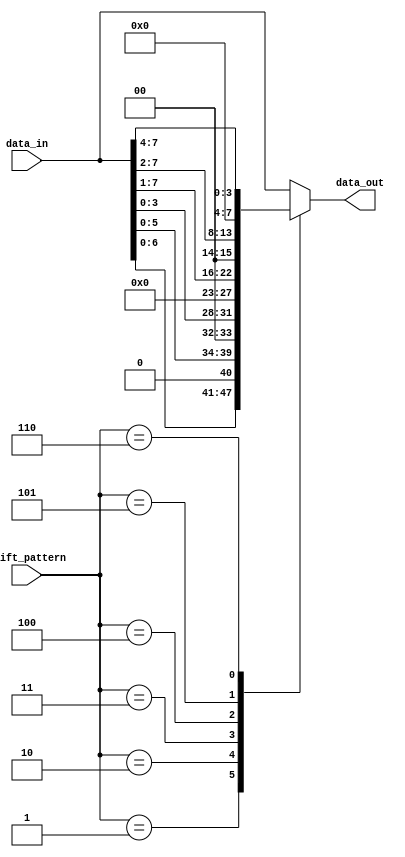
module Sparse_Barrel_Shifter (
    input [7:0] data_in,
    input [2:0] shift_pattern,
    output reg [7:0] data_out
);

always @(*) begin
    case (shift_pattern)
        3'b000: data_out = data_in; // No shift
        3'b001: data_out = data_in << 1; // Shift left by 1
        3'b010: data_out = data_in << 2; // Shift left by 2
        3'b011: data_out = data_in << 4; // Shift left by 4
        3'b100: data_out = data_in >> 1; // Shift right by 1
        3'b101: data_out = data_in >> 2; // Shift right by 2
        3'b110: data_out = data_in >> 4; // Shift right by 4
        default: data_out = data_in; // No shift
    endcase
end

endmodule